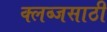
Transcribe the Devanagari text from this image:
क्लब्जसाठी